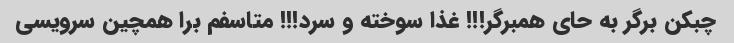
چبکن برگر به حای همبرگر!!! غذا سوخته و سرد!!! متاسفم برا همچین سرویسی